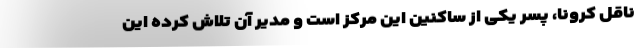
ناقل کرونا، پسر یکی از ساکنین این مرکز است و مدیر آن تلاش کرده این